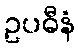
ဥပဓီနံ